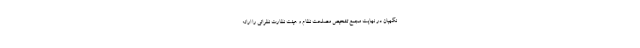
نگهبان در نهایت مجمع تشخیص مصلحت نظام و هیئت نظارت نظراتی را ارائه